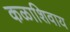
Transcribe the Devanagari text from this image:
कळाशिवाय